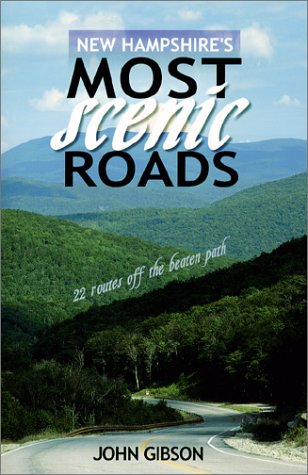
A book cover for New Hampshire's Most Scenic Roads; John Gibson; Travel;